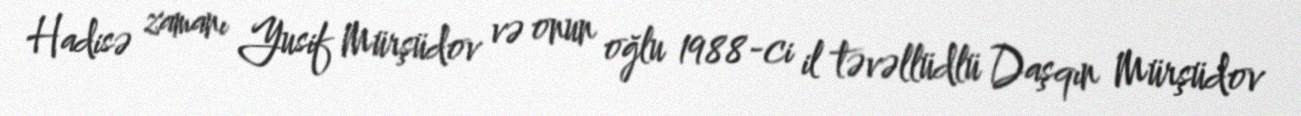
Hadisə zamanı Yusif Mürşüdov və onun oğlu 1988-ci il təvəllüdlü Daşqın Mürşüdov